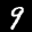
Label: 9